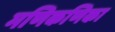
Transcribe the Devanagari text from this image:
मणिकणिका